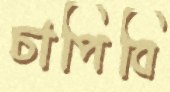
চাপিবি